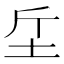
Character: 𣂓